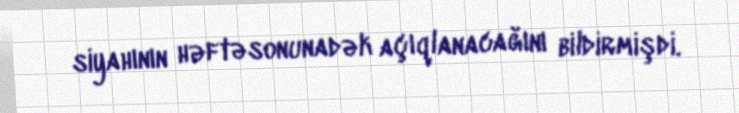
siyahının həftəsonunadək açıqlanacağını bildirmişdi.